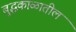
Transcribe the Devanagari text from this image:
बुद्धकाळातील